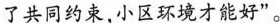
了共同约束，小区环境才能好”